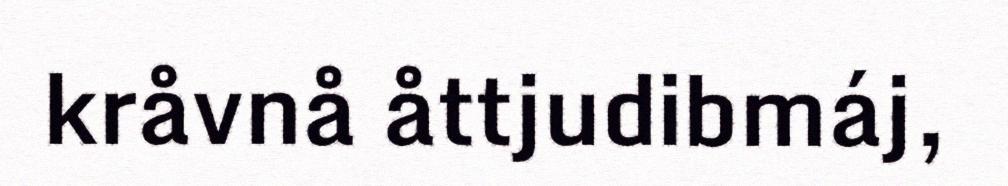
kråvnå åttjudibmáj,